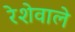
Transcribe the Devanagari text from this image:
रेशेवाले